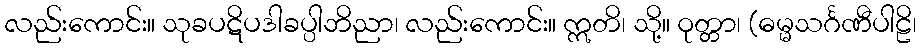
လည်းကောင်း။ သုခပဋိပဒါခပ္ပါဘိညာ၊ လည်းကောင်း။ ဣတိ၊ သို့။ ဝုတ္တာ၊ (ဓမ္မသင်္ဂဏီပါဠိ၊